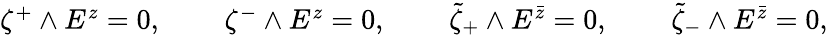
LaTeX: \begin{array}{llll}{{\zeta^{+}\wedge E^{z}=0,\, \, }}&{{\quad\zeta^{-}\wedge E^{z}=0,\, \, }}&{{\quad\tilde{\zeta}_{+}\wedge E^{\bar{z}}=0,\, \, }}&{{\quad\tilde{\zeta}_{-}\wedge E^{\bar{z}}=0,}}\end{array}